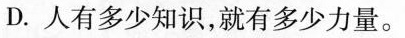
D.人有多少知识，就有多少力量。